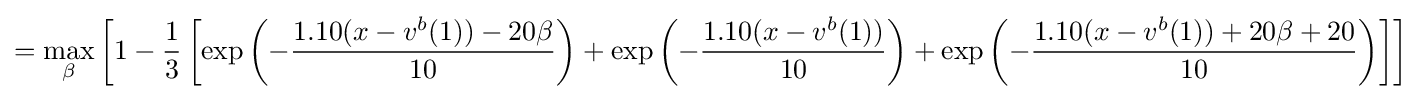
=\max _{\beta }\left[1-{\frac {1}{3}}\left[\exp \left(-{\frac {1.10(x-v^{b}(1))-20\beta }{10}}\right)+\exp \left(-{\frac {1.10(x-v^{b}(1))}{10}}\right)+\exp \left(-{\frac {1.10(x-v^{b}(1))+20\beta +20}{10}}\right)\right]\right]